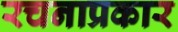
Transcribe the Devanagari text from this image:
रचनाप्रकार